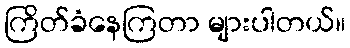
ကြိတ်ခံနေကြတာ များပါတယ်။